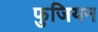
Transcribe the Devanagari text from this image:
फुजियन